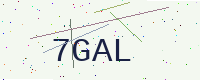
Text: 7GAL